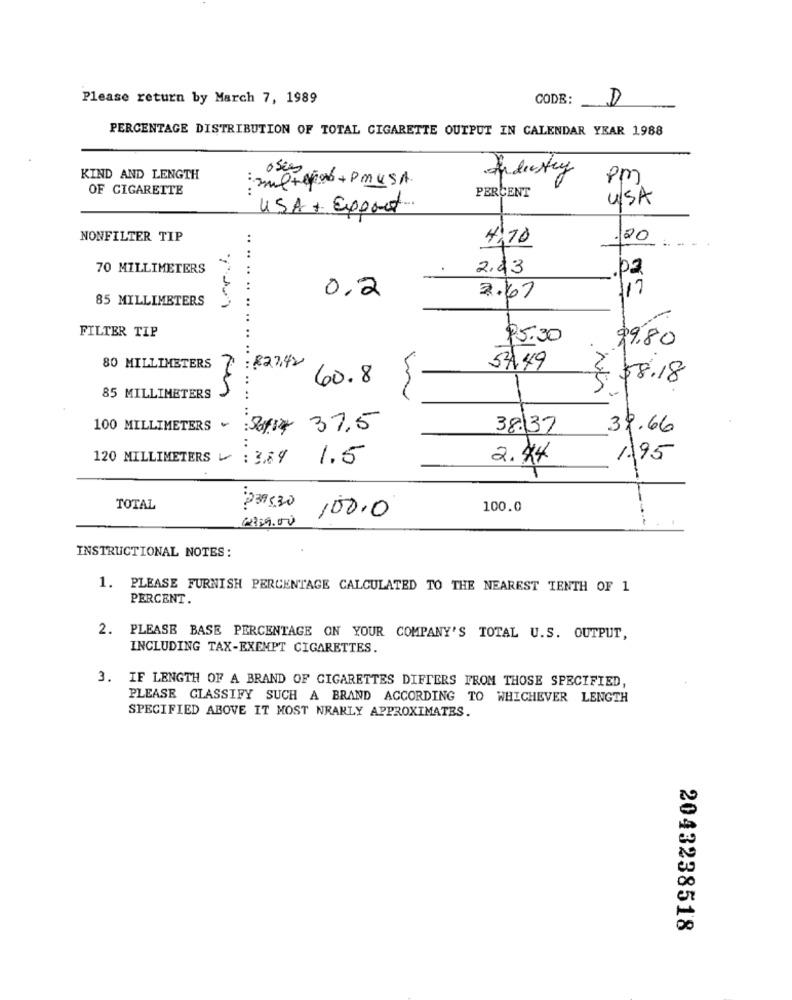
Please return by March 7, 1989
CODE:
D
PERCENTAGE DISTRIBUTION OF TOTAL CIGARETTE OUTPUT IN CALENDAR YEAR 1988
oses
KIND AND LENGTH
: zultepor + PmUSA
Industry
Pm
OF CIGARETTE
PERCENT
USA
USA + Epert
NONFILTER TIP
4,70
20
70 MILLIMETERS
2.43
0.2
117
85 MILLIMETERS
2.67
FILTER TIP
$5.30
$9.80
80 MILLIMETERS 7: 823.42
57.49
.... .... .... ........
60.8
in
$8.18
85 MILLIMETERS
.. ..
100 MILLIMETERS :36.14 37.5
38.37
39.66
..
120 MILLIMETERS : 3.89
1.5
2.44
1.95
TOTAL
100.0
€339.00
100.0
INSTRUCTIONAL NOTES :
1. PLEASE FURNISH PERCENTAGE CALCULATED TO THE NEAREST TENTH OF 1
PERCENT.
2. PLEASE BASE PERCENTAGE ON YOUR COMPANY'S TOTAL U.S. OUTPUT,
INCLUDING TAX-EXEMPT CIGARETTES.
3. IF LENGTH OF A BRAND OF CIGARETTES DIFFERS FROM THOSE SPECIFIED,
PLEASE CLASSIFY SUCH A BRAND ACCORDING TO WHICHEVER LENGTH
SPECIFIED ABOVE IT MOST NRAKLY APPROXIMATES.
2043238518